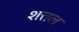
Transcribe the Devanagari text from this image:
शत्तल